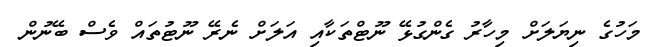
މަހުގެ ނިޔަލަށް މިހާރު ގެންގުޅޭ ނޫޓްތަކާއި އަލަށް ނެރޭ ނޫޓުތައް ވެސް ބޭނުން